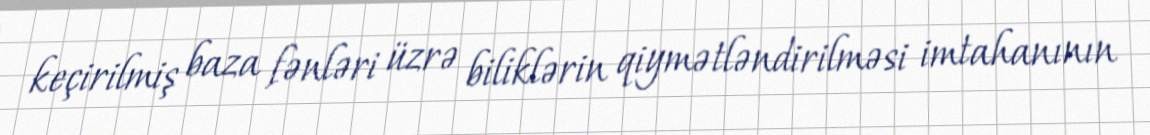
keçirilmiş baza fənləri üzrə biliklərin qiymətləndirilməsi imtahanının